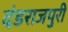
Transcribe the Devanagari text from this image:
दंडराजपुरी